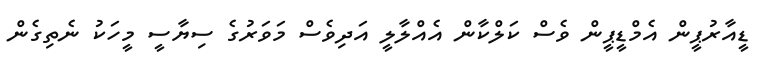
ޑީއާރުޕީން އެމްޑީޕީން ވެސް ކަލްކާން އެއްލާލީ އަދިވެސް މަވަރުގެ ސިޔާސީ މީހަކު ނެތިގެން